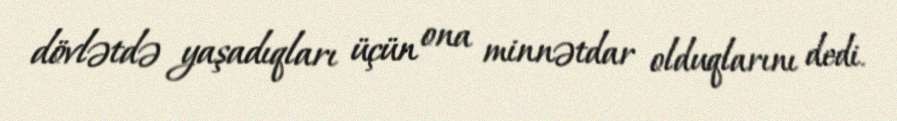
dövlətdə yaşadıqları üçün ona minnətdar olduqlarını dedi.